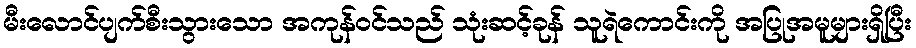
မီးလောင်ပျက်စီးသွားသော အကုန်ဝင်သည် သုံးဆင့်ခုန် သူရဲကောင်းကို အပြုအမူများရှိပြီး